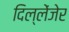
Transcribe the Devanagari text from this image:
दिल्लेंजेर